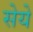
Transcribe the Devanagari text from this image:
सेये